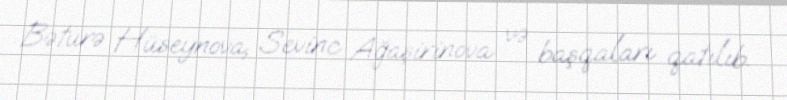
Bəturə Hüseynova, Sevinc Ağaşirinova və başqaları qatılıb.